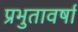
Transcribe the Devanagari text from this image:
प्रभुतावर्षा